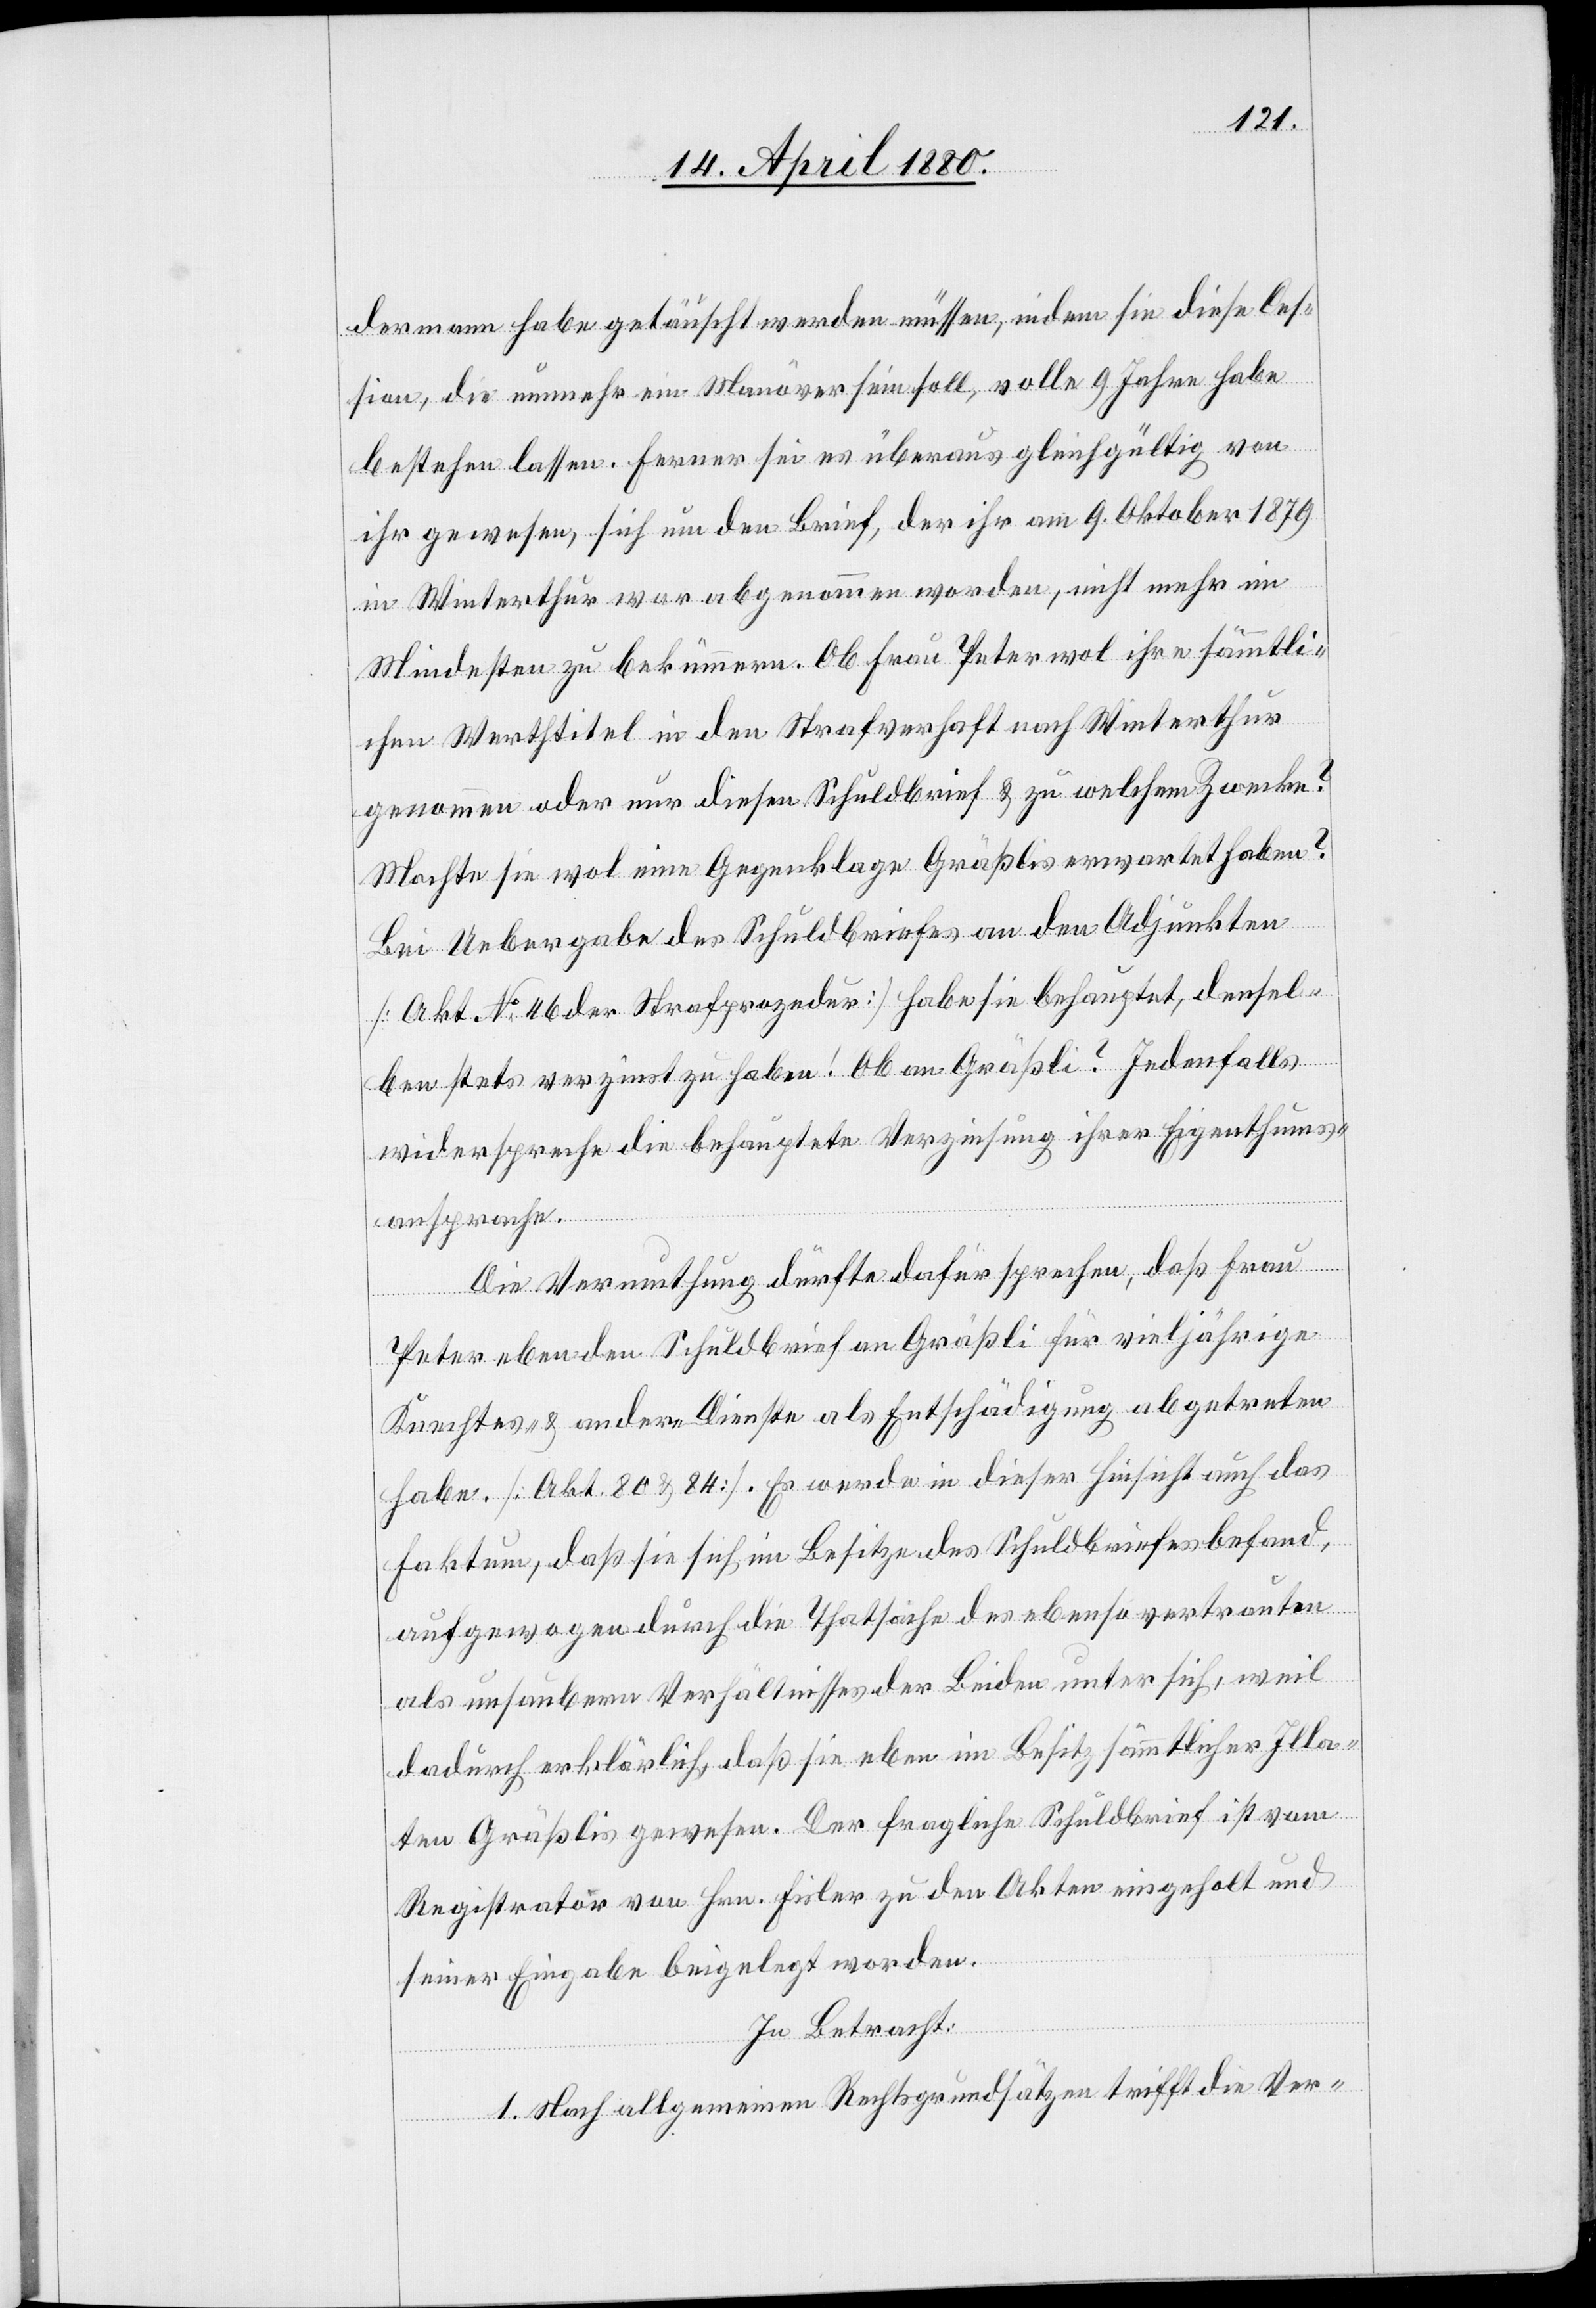
dermann habe getäuscht werden müssen, indem sie diese Ces¬
sion, die nunmehr ein Manöver sein soll, volle 9 Jahre habe
bestehen lassen. Ferner sei es überaus gleichgültig von
ihr gewesen, sich um den Brief, der ihr am 9. Oktober 1879
in Winterthur war abgenommen worden, nicht mehr im
Mindesten zu bekümmern. Ob Frau Peter wol ihre sämmtli¬
chen Werthtitel in den Strafverhaft nach Winterthur
genommen oder nur diesen Schuldbrief & zu welchem Zwecke?
Mochte sie wol eine Gegenklage Gräßlis erwartet haben?
Bei Uebergabe des Schuldbriefes an den Adjunkten
[Akt. No 46 der Strafprozedur] habe sie behauptet, densel¬
ben stets verzinst zu haben! Ob an Gräßli? Jedenfalls
widerspreche die behauptete Verzinsung ihrer Eigenthums¬
ansprache.
Die Vermuthung dürfte dafür sprechen, daß Frau
Peter eben den Schuldbrief an Gräßli für vieljährige
Knechtes- & andere Dienste als Entschädigung abgetreten
haben. [Akt. 80 & 84]. Es werde in dieser Hinsicht auch das
Faktum, daß sie sich im Besitze des Schuldbriefes befand,
aufgewogen durch die Thatsache des ebenso vertrauten
als unsaubern Verhältnisses der Beiden unter sich, weil
dadurch erklärlich, daß sie eben im Besitz sämmtlicher Illa¬
ten Gräßlis gewesen. Der fragliche Schuldbrief ist vom
Registrator von Hrn. Fisler zu den Akten eingeholt und
seiner Eingabe beigelegt worden.
In Betracht:
1. Nach allgemeinen Rechtsgrundsätzen trifft die Ver-